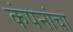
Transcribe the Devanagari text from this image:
कंपनांचा